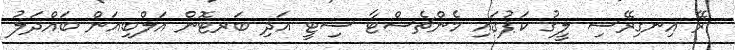
ރޭ އިނގިރޭސި ލީގު ކަޕުގައި މެންޗެސްޓާ ސިޓީ އަދި ބަރޓޮން އަލްބިއަން ބައްދަލު